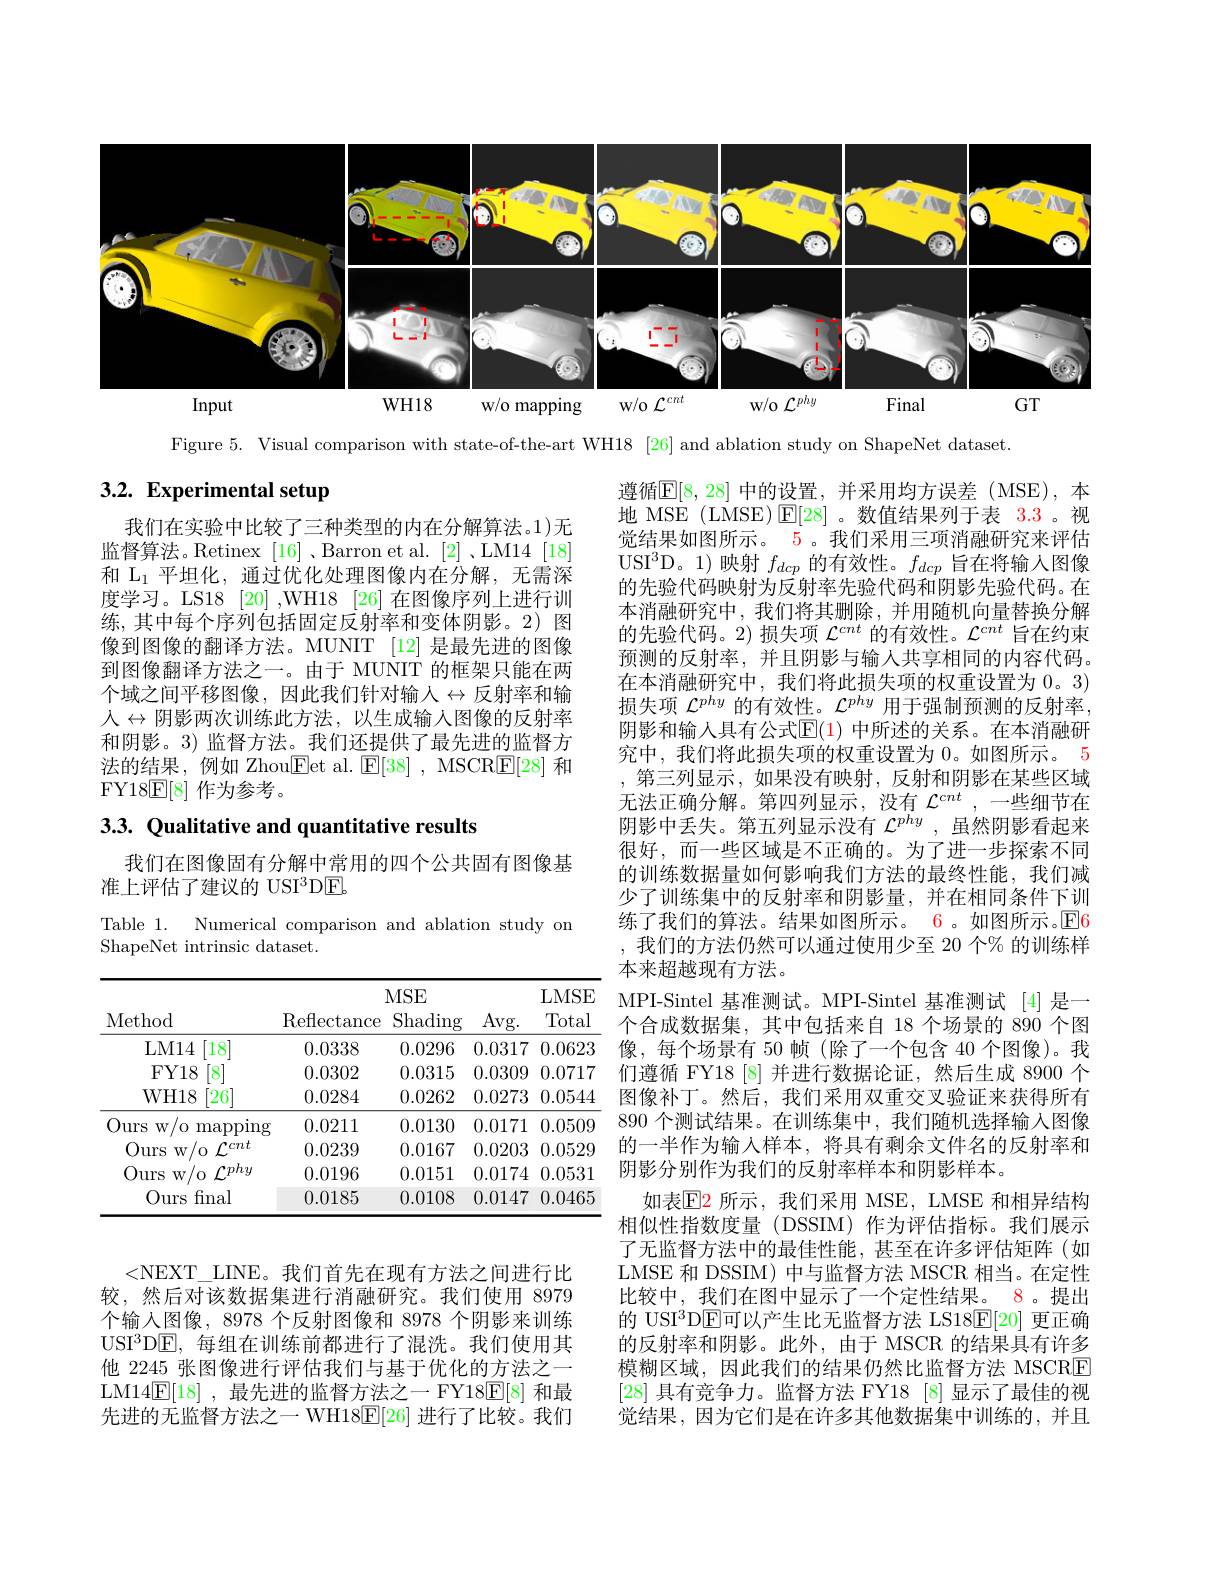
<FigureHere>

Figure 5. Visual comparison with state-of-the-art WH18 [26] and ablation study on ShapeNet dataset

# 3.2. Experimental setup

我们在实验中比较了三种类型的内在分解算法。1)无监督算法。Retinex [16] ,Barron et al. [2] ,LM14 [18] 和$\mathcal{L}_1$平坦化，通过优化处理图像内在分解，无需深度学习。LS18 [20] ,WH18 [26] 在图像序列上进行训练，其中每个序列包括固定反射率和变体阴影。2) 图像到图像的翻译方法。MUNIT [12] 是最先进的图像到图像翻译方法之一。由于 MUNIT 的框架只能在两个域之间平移图像，因此我们针对输入$\leftrightarrow$反射率和输人$\leftrightarrow$阴影两次训练此方法，以生成输入图像的反射率和阴影。3)监督方法。我们还提供了最先进的监督方法的结果，例如 Zhou$\underline{\mathrm{Eet~al.~}}\underline{\mathrm{E[38]~,~MSCR[F]}}$和FY18$\mathbb{E}[8]$作为参考。

## 3.3. Qualitative and quantitative results

我们在图像固有分解中常用的四个公共固有图像基
准上评估了建议的 USI$^3$DEL

Table 1. Numerical comparison and ablation study om
ShapeNet intrinsic dataset.

遵循$\mathbb{E}[8,28]$ 中的设置，并采用均方误差(MSE),本地 MSE (LMSE) $\operatorname{E}[28]$ 。数值结果列于表 3.3 。视觉结果如图所示。5。我们采用三项消融研究来评估USI$^3$D。1)映射$f_dcp$的有效性。$f_dcp$旨在将输入图像的先验代码映射为反射率先验代码和阴影先验代码。在本消融研究中，我们将其删除，并用随机向量替换分解的先验代码。2) 损失项$\mathcal{L}^cnt$的有效性。$\mathcal{L}^cnt$旨在约束预测的反射率，并且阴影与输人共享相同的内容代码。在本消融研究中，我们将此损失项的权重设置为0。3) 损失项$\mathcal{L}^phy$的有效性。$\mathcal{L}^phy$用于强制预测的反射率， 阴影和输入具有公式$\mathbb{E}(1)$ 中所述的关系。在本消融研究中，我们将此损失项的权重设置为 0。如图所示。5 ,第三列显示 , 如果没有映射，反射和阴影在某些区域无法正确分解。第四列显示，没有 $\mathcal{L}^cnt$,一些细节在阴影中丢失。第五列显示没有$\mathcal{L}^{phy}$,虽然阴影看起来很好，而一些区域是不正确的。为了进一步探索不同的训练数据量如何影响我们方法的最终性能，我们减少了训练集中的反射率和阴影量，并在相同条件下训练了我们的算法。结果如图所示。6 。如图所示。$\operatorname{E}$6我们的方法仍然可以通过使用少至 20 个% 的训练样本来超越现有方法。
MPI-Sintel 基准测试。MPI-Sintel 基准测试 [4] 是一个合成数据集，其中包括来自 18 个场景的 890 个图像，每个场景有 50 帧(除了一个包含 40 个图像)。我们遵循 FY18 [8] 并进行数据论证，然后生成 8900 个图像补丁。然后，我们采用双重交叉验证来获得所有890 个测试结果。在训练集中，我们随机选择输入图像的一半作为输入样本，将具有剩余文件名的反射率和阴影分别作为我们的反射率样本和阴影样本。
如表$\operatorname{E}$2 所示，我们采用 MSE, LMSE 和相异结构相似性指数度量(DSSIM)作为评估指标。我们展示了无监督方法中的最佳性能，甚至在许多评估矩阵(如LMSE 和 DSSIM) 中与监督方法 MSCR 相当。在定性比较中，我们在图中显示了一个定性结果。8。提出的 USI$^{3}$DE可以产生比无监督方法 LS18$\mathbb{E}[20]$更正确的反射率和阴影。此外，由于 MSCR 的结果具有许多模糊区域，因此我们的结果仍然比监督方法 MSCRE [28]具有竞争力。监督方法 FY18 [8]显示了最佳的视觉结果，因为它们是在许多其他数据集中训练的，并且

<table>
	<tbody>
		<tr>
			<th rowspan="3">Method</th>
			<th>Reflectance</th>
			<th>MSE Shading</th>
			<th>Avg. </th>
			<th>LMSE Total</th>
		</tr>
		<tr>
			<th> </th>
			<th>MSE</th>
			<th> </th>
			<th>LMSE</th>
		</tr>
		<tr>
			<th>$\operatorname{Reflectance}$</th>
			<th>Shading</th>
			<th>Avg. </th>
			<th>Total</th>
		</tr>
		<tr>
			<td>LM14 18</td>
			<td>0.0338</td>
			<td>0.0296</td>
			<td>0.0317</td>
			<td>0.0623</td>
		</tr>
		<tr>
			<td>$FY18$ 8</td>
			<td>0.0302</td>
			<td>0.0315</td>
			<td>0.0309</td>
			<td>0.0717</td>
		</tr>
		<tr>
			<td>WH18 [26]</td>
			<td>0.0284</td>
			<td>0.0262</td>
			<td>0.0273</td>
			<td>0.0544</td>
		</tr>
		<tr>
			<td>Ours $W/$ $^{\prime}(0)$ $\operatorname*{mapping}$</td>
			<td>0.0211</td>
			<td>0.0130</td>
			<td>0.0171</td>
			<td>0.0509</td>
		</tr>
		<tr>
			<td>Ours w/ 0$\int _{- }^{cnt}$</td>
			<td>0.0239</td>
			<td>0.0167</td>
			<td>0.0203</td>
			<td>0.0529</td>
		</tr>
		<tr>
			<td>Ours $W/0$ ${\boldsymbol{r}phy}$</td>
			<td>0.0196</td>
			<td>0.0151</td>
			<td>0.0174</td>
			<td>0.0531</td>
		</tr>
		<tr>
			<td>Ours final</td>
			<td>0.0185</td>
			<td>0.0108</td>
			<td>0.0147</td>
			<td>0.0465</td>
		</tr>
	</tbody>
</table>

<NEXT\_LINE。我们首先在现有方法之间进行比较，然后对该数据集进行消融研究。我们使用 8979个输入图像，8978 个反射图像和 8978 个阴影来训练USI$^3$D$\overline{\mathbb{E}}$,每组在训练前都进行了混洗。我们使用其他 2245 张图像进行评估我们与基于优化的方法之一LM14$\underline{\mathrm{E}}[18]$ ,最先进的监督方法之一 FY18$\underline{\mathrm{E}}[8]$和最先进的无监督方法之一 WH18$\mathbb{E}[26]$进行了比较。我们